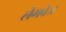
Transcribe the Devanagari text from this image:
लेंगवेज